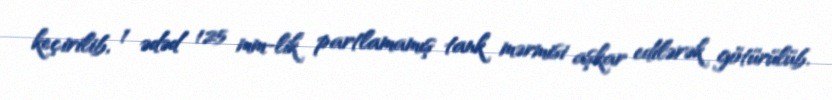
keçirilib, 1 ədəd 125 mm-lik partlamamış tank mərmisi aşkar edilərək götürülüb.